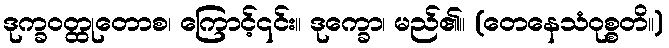
ဒုက္ခဝတ္ထုတောစ၊ ကြောင့်၎င်း။ ဒုက္ခော၊ မည်၏။ (တေနေသံဝုစ္စတိ။)